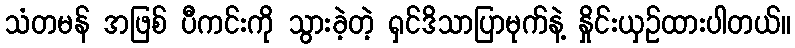
သံတမန် အဖြစ် ပီကင်းကို သွားခဲ့တဲ့ ရှင်ဒိသာပြာမုက်နဲ့ နှိုင်းယှဉ်ထားပါတယ်။